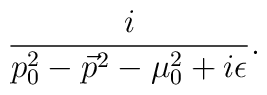
\frac{i}{p_0^2-\vec{p}^2-\mu_0^2+i\epsilon}.